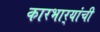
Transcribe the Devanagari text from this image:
कारभार्‍यांची